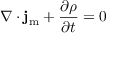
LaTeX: \nabla \cdot \mathbf { j } _ { \mathrm { { m } } } + { \frac { \partial \rho } { \partial t } } = 0